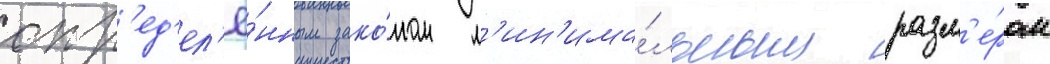
опр'ед'ел'ё́нным зако́ном м'ин'има́льным разм'е́ром